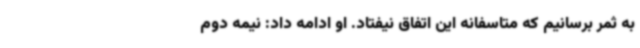
به ثمر برسانیم که متاسفانه این اتفاق نیفتاد. او ادامه داد: نیمه دوم